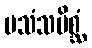
ပသံသမိစ္ဆံ